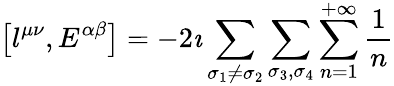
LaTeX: \left[l^{\mu\nu},E^{\alpha\beta}\right]=-2\imath\sum_{\sigma_{1}\neq\sigma_{2}}\sum_{\sigma_{3},\sigma_{4}}\sum_{n=1}^{+\infty}\frac{1}{n}